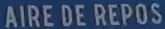
AIRE DE REPOS